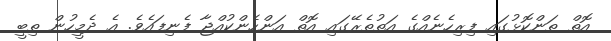
އޮތް ތަންކޮޅުގައި ފިރިހެނެއްގެ އަތުތެރޭގައި އޮތް އަންހެންކުއްޖާ ފެނިފައެވެ. އެ ދެމީހުން ތިބީ